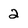
Character: 2